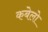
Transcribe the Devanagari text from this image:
कबेलो